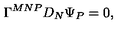
\Gamma ^ { M N P } D _ { N } \Psi _ { P } = 0 ,